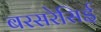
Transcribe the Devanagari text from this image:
बरसरेसिई